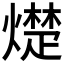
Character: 𪹵